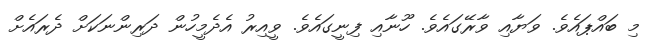
މި ބައްޕައެވެ. ވަޔާއި ވާރޭގައެވެ. ހޫނާއި ފިނީގައެވެ. ވީއިރު އެދެމީހުން ދަރިންނަކަށް ދެރައެށް